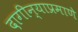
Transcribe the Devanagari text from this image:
दागीन्याप्रमाणे